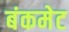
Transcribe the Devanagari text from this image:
बंकमेट